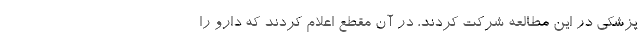
پزشکی در این مطالعه شرکت کردند، در آن مقطع اعلام کردند که دارو را